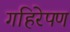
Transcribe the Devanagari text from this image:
गहिरेपण